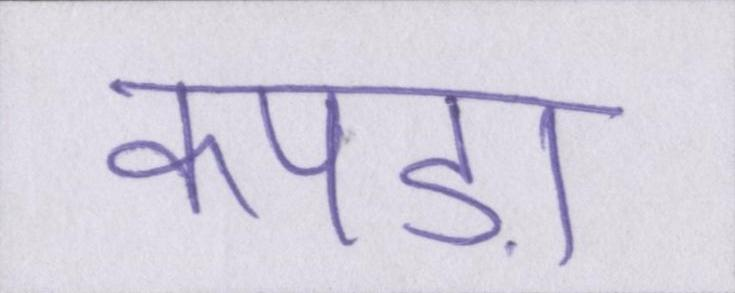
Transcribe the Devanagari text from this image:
कपड़ा